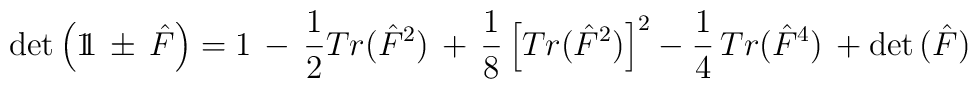
\mbox{det} \left( 1 \!\! 1 \, \pm \, \hat{F} \right) = 1 \, - \, \frac{1}{2} Tr(\hat{F}^{2}) \,+ \, \frac{1}{8} \left[Tr(\hat{F}^{2})\right]^{2} - \frac{1}{4} \, Tr(\hat{F}^{4}) \, + \mbox{det} \, (\hat{F})